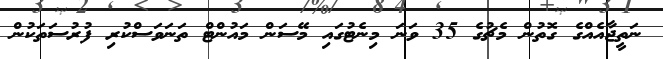
ނަތީޖާއެއްގެ ގޮތުން މެޗުގެ 35 ވަނަ މިނެޓުގައި މޭސަން މައުންޓް ތަނަވަސްކުރި ފުރުސަތަކުން